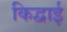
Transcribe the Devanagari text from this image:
किद्वाई